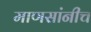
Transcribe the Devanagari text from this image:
माणसांनीच